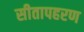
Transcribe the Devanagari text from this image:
सीतापहरण